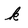
Character: k